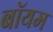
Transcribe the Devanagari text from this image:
बॉयम